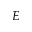
E